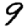
Digit: 9